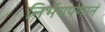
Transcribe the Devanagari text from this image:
निर्भयपणानं